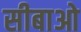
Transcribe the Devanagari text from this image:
सीबाओ